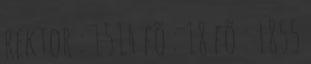
rektor : 1514 fõ : 18 fõ : 1855